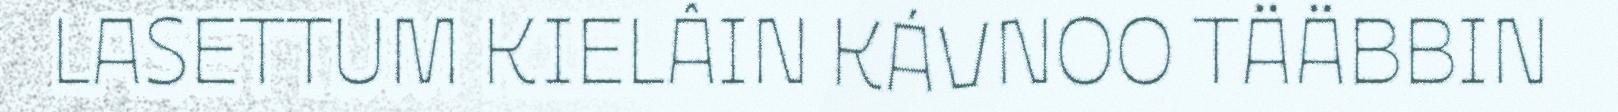
LASETTUM KIELÂIN KÁVNOO TÄÄBBIN